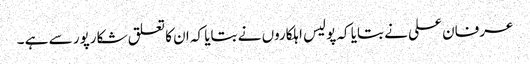
عرفان علی نے بتایا کہ پولیس اہلکاروں نے بتایا کہ ان کا تعلق شکارپور سے ہے ۔